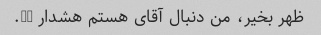
ظهر بخیر، من دنبال آقای هستم هشدار li.